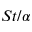
S t / \alpha